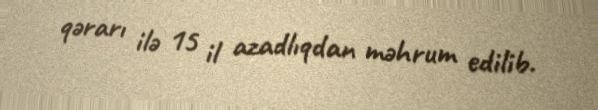
qərarı ilə 15 il azadlıqdan məhrum edilib.